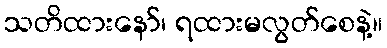
သတိထားနော်၊ ရထားမလွတ်စေနဲ့။